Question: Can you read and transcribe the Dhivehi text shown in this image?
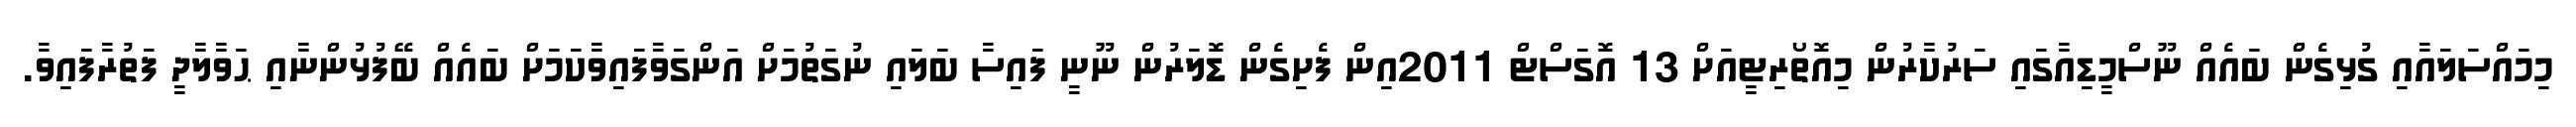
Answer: މިމައްސަލައާއި ގުޅިގެން ބައެއް ނޫސްމީޑިއާގައި ސަރުކާރުން މިއޮތޯރިޓީއަށް 13 އޮގަސްޓް 2011އިން ފެށިގެން ޑޮލަރުން ނޫނީ ފައިސާ ބަލައި ނުގަތުމަށް އަންގަވާފައިވާކަމަށް ބައެއް ބޭފުޅުންނާއި ޙަވާލާދީ ފަތުރާފައިވާ.